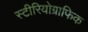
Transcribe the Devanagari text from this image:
स्टीरियोग्राफिक